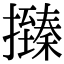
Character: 𢸩